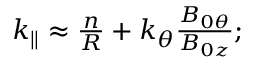
\begin{array} { r } { k _ { \parallel } \approx \frac { n } { R } + k _ { \theta } \frac { B _ { 0 \theta } } { B _ { 0 z } } ; } \end{array}